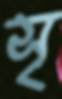
সৃ